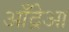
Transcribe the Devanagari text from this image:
आँद्रेआ